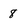
Character: 8